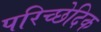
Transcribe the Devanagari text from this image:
परिच्छेदिक